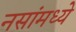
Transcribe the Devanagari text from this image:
नसांमध्ये